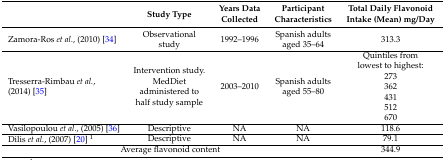
|  | Study Type | Years Data Collected | Participant Characteristics | Total Daily Flavonoid Intake (Mean) mg/Day |
 | --- | --- | --- | --- | --- |
 | Zamora-Ros et al., (2010) [34] | Observational study | 1992–1996 | Spanish adults aged 35–64 | 313.3 |
 | Tresserra-Rimbau et al., (2014) [35] | Intervention study. MedDiet administered to half study sample | 2003–2010 | Spanish adults aged 55–80 | Quintiles from lowest to highest:273362431512670 |
 | Vasilopoulou et al., (2005) [36] | Descriptive | NA | NA | 118.6 |
 | Dilis et al., (2007) [20] 1 | Descriptive | NA | NA | 79.1 |
 | <COLSPAN=4> Average flavonoid content | 344.9 |